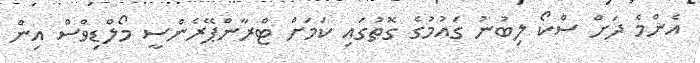
އެންމެ ދަށް ސްކޯ ލިބުނު ގައުމުގެ ގޮތުގައި ކަމަށް ޓްރާންޕޭރެންސީ މޯލްޑިވްސް އިން